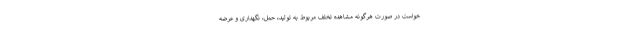
خواست در صورت هرگونه مشاهده تخلف مربوط به تولید، حمل، نگهداری و عرضه